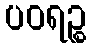
ပဝရဉ္စ